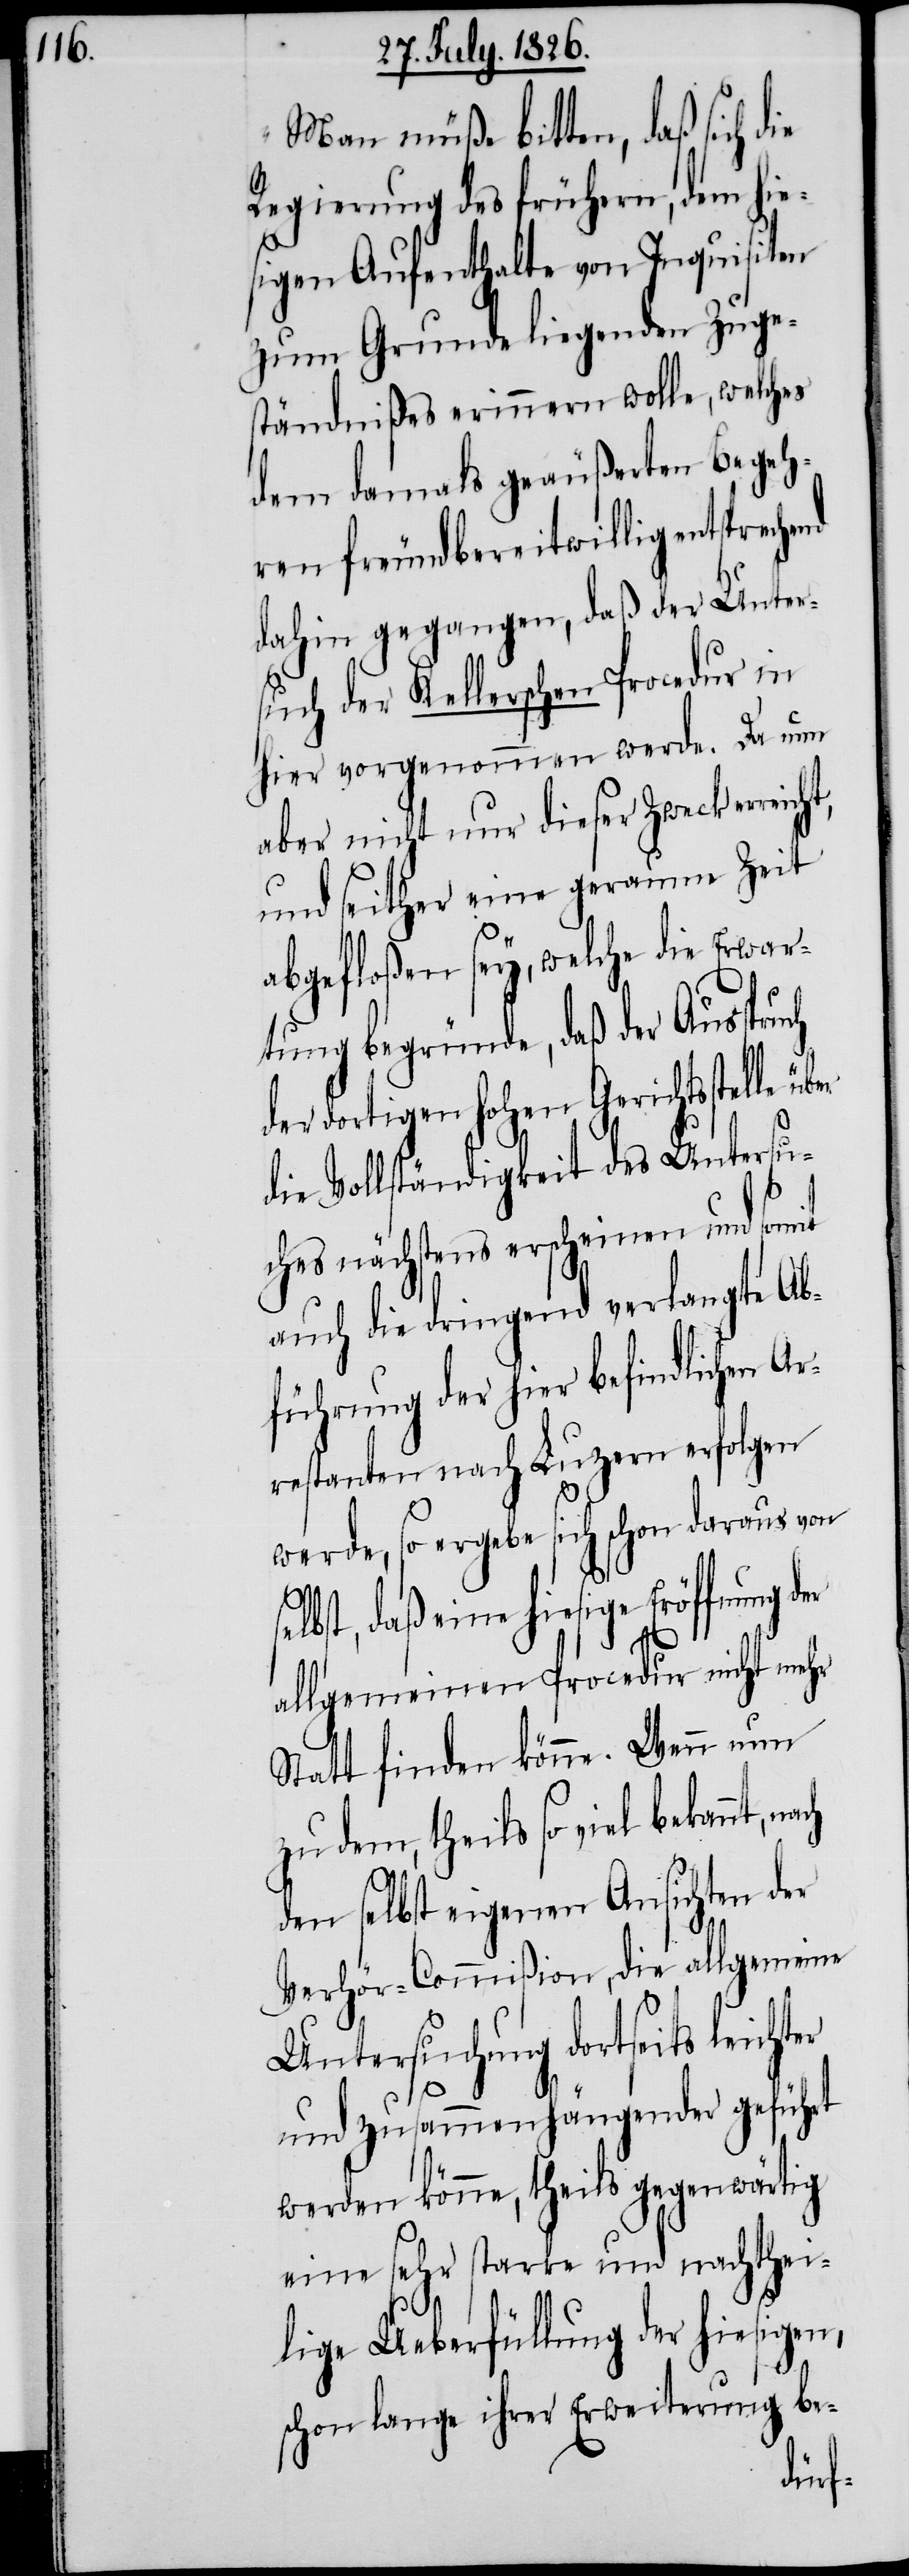
„Man müße bitten, daß sich die
Regierung des frühern, dem hie¬
sigen Aufenthalte von Inquisiten
zum Grunde liegenden Zuge¬
ständnißes erinnern wolle, welches
dem damals geäußerten Begeh¬
ren freundbereitwillig entsprec¬
dahin gegangen, daß der Unter¬
such der Kellerschen Procedur in
hier vorgenommen werde. Da nun
aber nicht nur dieser Zweck
und seither eine geraume Zeit
abgefloßen sey, welche die Erwar¬
tung begründe, daß der Ausspr¬
der dortigen hohen Gerichtsstelle
die Vollständigkeit des Untersu¬
ches nächstens erscheinen und somit
auch die dringend verlangte Ab¬
führung der hier befindlichen A¬
restanten nach Luzern erfolgen
werde, so ergebe sich schon daraus von
lbst, daß eine hiesige Eröffnung
allgemeinen Procedur nicht mehr
Statt finden könne. Wenn nun
zu dem, theils so viel bekannt,
den selbst eigenen Ansichten der
Verhör-Commißion, die allgemeine
Untersuchung dortseits
und zusammenhängender geführt
werden könne, theils gegenwärtig
eine sehr starke und nachthei¬
lige Ueberfüllung der hiesigen,
schon lange ihrer Erweiterung be-
se¬